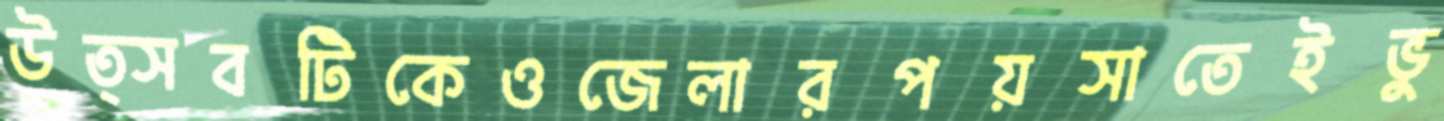
উত্সবটিকেওজেলারপয়সাতেইভু